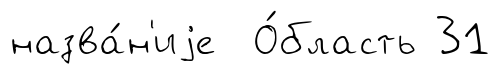
назва́н'иjе О́бласть 31